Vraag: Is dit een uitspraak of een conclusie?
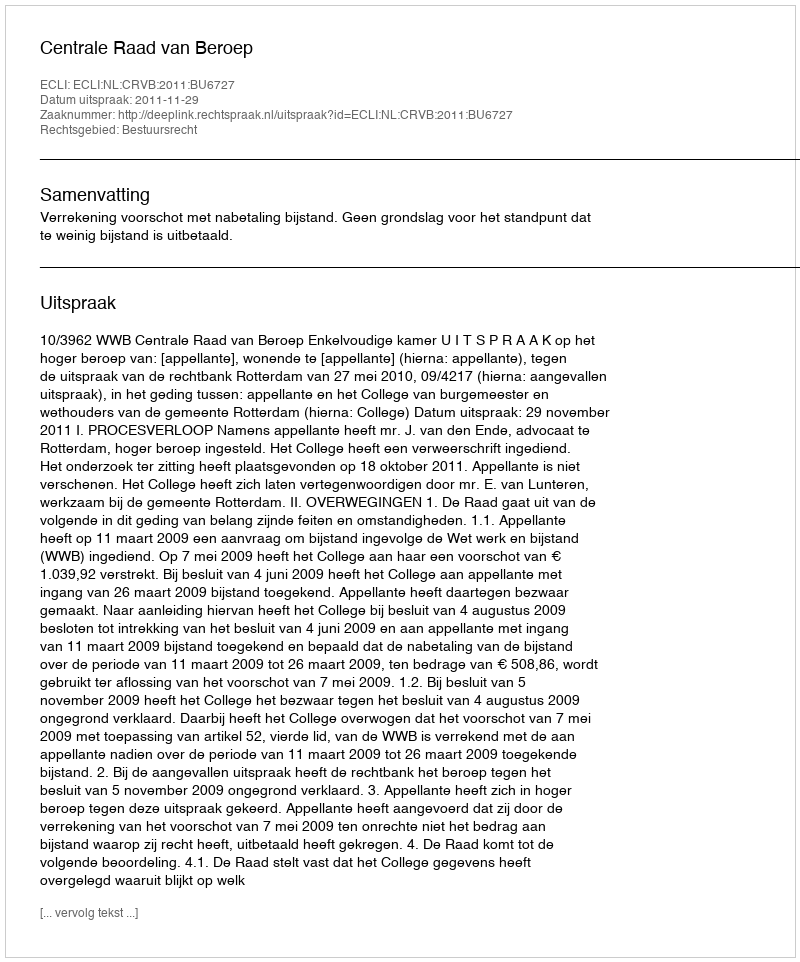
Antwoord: Uitspraak